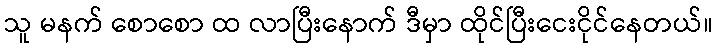
သူ မနက် စောစော ထ လာပြီးနောက် ဒီမှာ ထိုင်ပြီးငေးငိုင်နေတယ်။